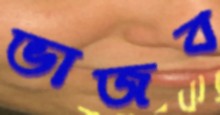
ভাজব